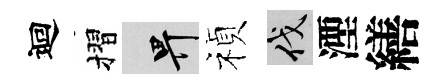
迴摺畀禎伐湮繕